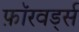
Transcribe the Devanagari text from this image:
फ़ॉरवर्ड्स